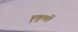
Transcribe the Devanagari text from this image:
हूकूमतें